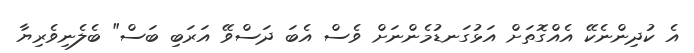
އެ ކުދިންނެކޭ އެއްގޮތަށް އަޅުގަނޑުމެންނަށް ވެސް އެބަ ދަސްވޭ އަރަބި ބަސް" ބެލެނިވެރިޔާ